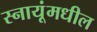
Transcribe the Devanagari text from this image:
स्नायूंमधील